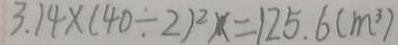
3 . 1 4 \times ( 4 0 \div 2 ) ^ { 2 } x = 1 2 5 . 6 ( m ^ { 3 } )